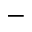
-